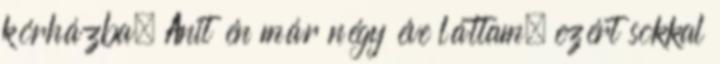
kórházba. Anit én már négy éve láttam, ezért sokkal